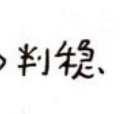
> 判稳、